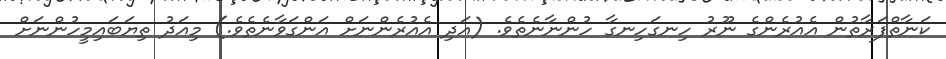
ކަނާތްފަރާތުން އެއުރެންގެ ނޫރު ހިނގަހިނގާ ހުންނާނެތެވެ. (އަދި އެއުރެންނަށް އަންގަވާނެތެވެ.) މިއަދު ތިޔަބައިމީހުންނަށް